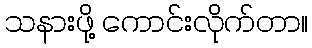
သနားဖို့ ကောင်းလိုက်တာ။